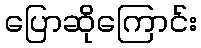
ပြောဆိုကြောင်း